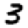
Digit: 3